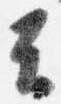
云